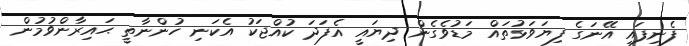
ފެނިފައި އޭނަގެ ފިޔަވަޅުތައް މަޑުވެގެން ދިޔައީ އެފަދަ ކުއްޖަކު އެކަނި ހުންނާތީ ޙައިރާންވުމުން